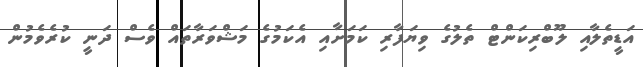
އަޑީތެލާއި ލޫބްރިކަންޓް ތެލުގެ ވިޔަފާރި ކަމަށާއި އެކަމުގެ މަޝްވަރާތައް ވެސް ދަނީ ކުރެވެމުން